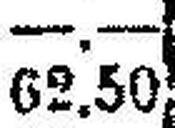
62.50